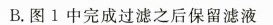
B.图1中完成过滤之后保留滤液